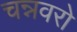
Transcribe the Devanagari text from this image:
चन्नवरो